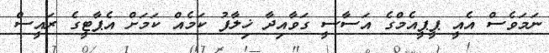
ނަމަވެސް އެއީ ޕީޕީއެމްގެ އަސާސީ ގަވާއިދާ ޚިލާފު ކަމެއް ކަމަށް އެޕާޓީގެ ރައީސް